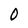
Character: O